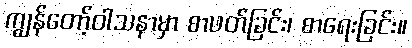
ကျွန်တော့်ဝါသနာမှာ စာဖတ်ခြင်း၊ စာရေးခြင်း။